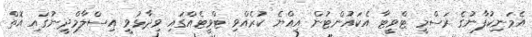
އެމަނިކުފާނުގެ ރަސްމީ ޓްވީޓާ އެކައުންޓުން އިއްޔެ ކުރެއްވި ޓްވީޓެއްގައި ވިދާޅުވީ އިސްލާމްދީނުގައި އޮތް